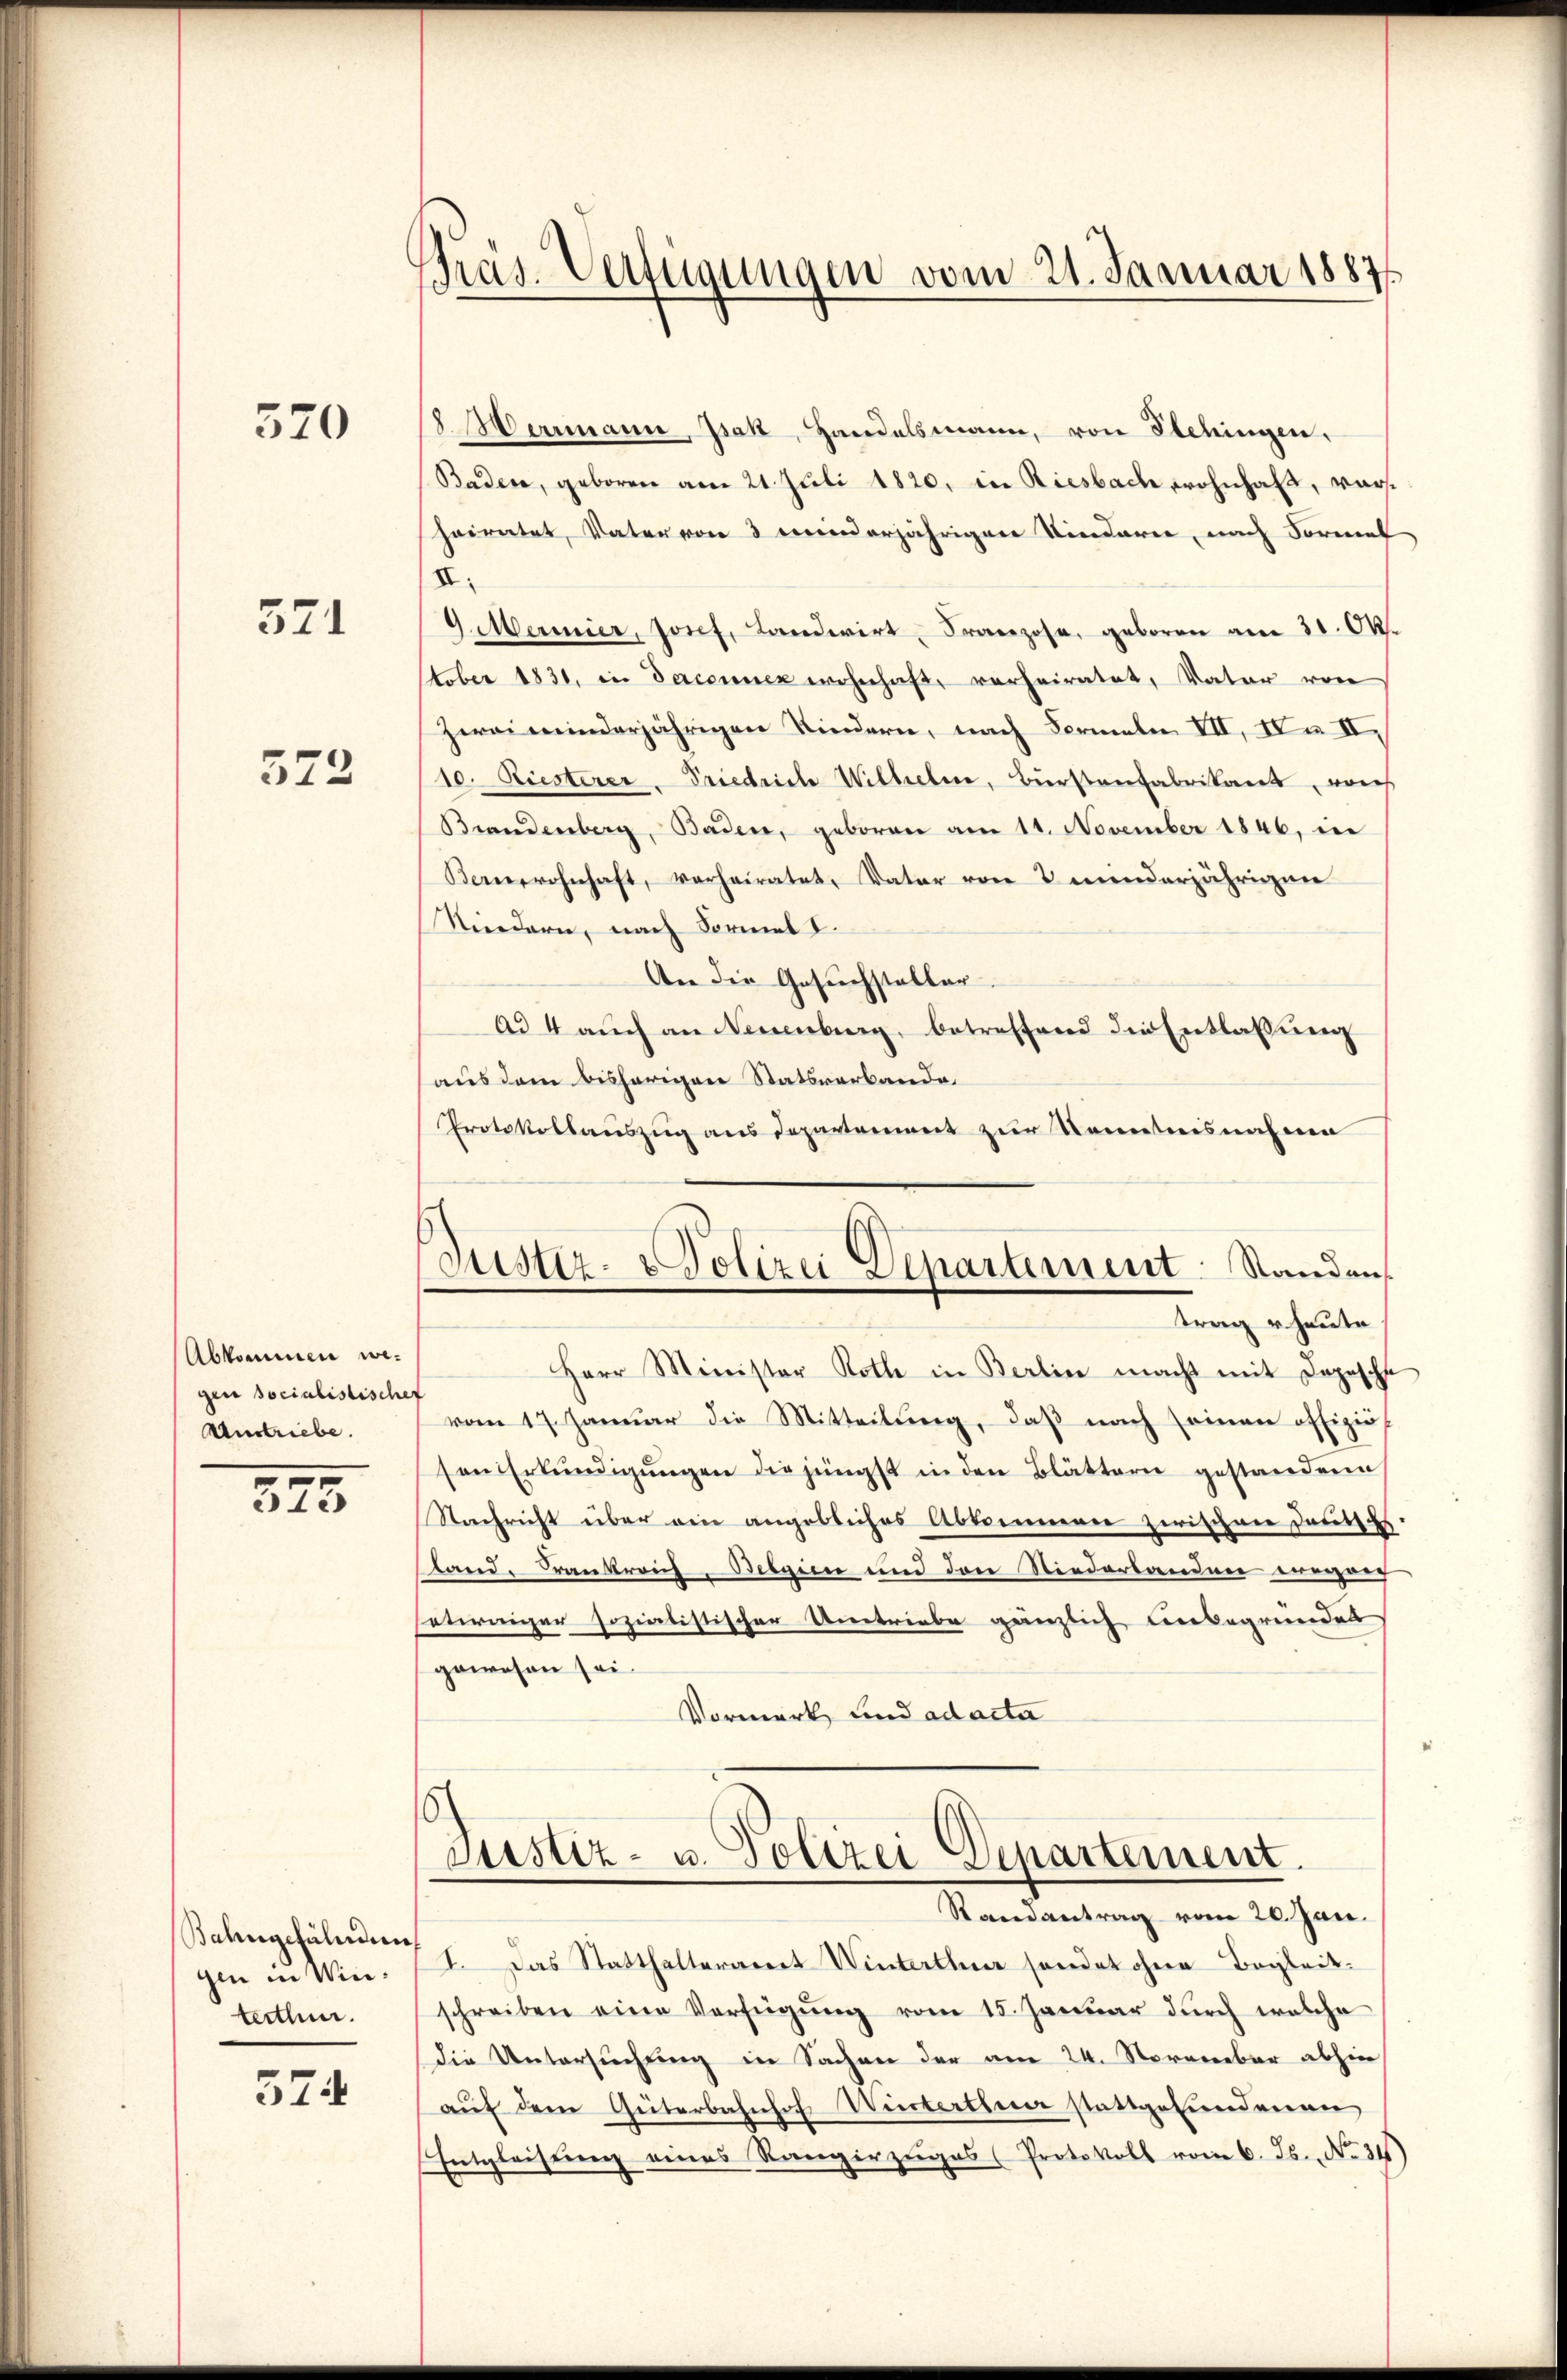
570

571

572

Abkommen wegen socialistische
Austriebe.

375

Balingehaltung
gin in Winterthur.

574

Präs. Verfügungen vom 21. Januar 1887

8 Herrmann, Jsak, Handelsmann, von Schingen,
Baden, geboren am 21. Juli 1820. in Riesbach wohnhaft, vorheiratet, Vater von 3 meinderjährigen Kindere, nach Formel
I:
9 Mermier, Josef, Landwirt, Franzose, geboren am 31. Ok
tober 1831. in Decenner wohnhaft, verheiratet, Vater von
zwei meinderjährigen Kindern, nach Formeln VII, IVa II,
10. Riesterer Friedrich Wilhelm, Bürstenfabrikant, noch
Brandenberg, Baden, geboren am 11. November 1846, in
Benwohnhaft, verheiratet, Vater von 2 minderjährigen
Kindern, nach Formal I
An die Gesuchstaller.
ad 4 auch an Neuenburg, betreffend die Entlaßung
aus dem bisherigen Statsverbande
Protokollauszug aus Departement zur Kenntnisnahme
Justiz-Polizei Departement: Standen.
trag heute
Herr Minister Rothe in Berlin macht mit Depesche
vom 17. Januar die Mitteilung, daß nach seinen offiziös
sen Erkŭndigŭngen die jüngst in den Blättern gestandene
Nachricht über ein angebliches Abkommen zwischen Deutsch.
land. Trankreis. Diezin und den Niederlanden wegen
etwaiger sozialistischer Umtriebe gänzlich unbegründet
gewesen sei.
Vormerk und ad acta

Justiz- u. Polizei Departement.
Randantrag vom 20. Jan.

I. Das Statthalteramt Winterthur sondet ohne Begleitschreiben eine Verfügung vom 15. Januar durch welche
die Untersuchung in Sachen der am 24. November abhin
auf dem Güterbahnhof Wierterthur stattgefundenen
Entgleisung eines Rangirzŭges (Protokoll vom 6. Js. No 34)